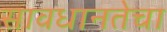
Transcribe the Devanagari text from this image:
सावधानतेचा